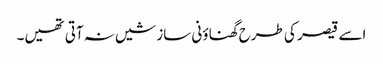
اسے قیصر کی طرح گھناؤنی سازشیں نہ آتی تھیں۔